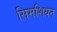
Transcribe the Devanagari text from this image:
सिमशियन